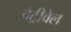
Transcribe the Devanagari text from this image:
वेट्रीवेल